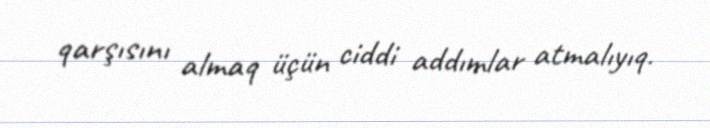
qarşısını almaq üçün ciddi addımlar atmalıyıq.